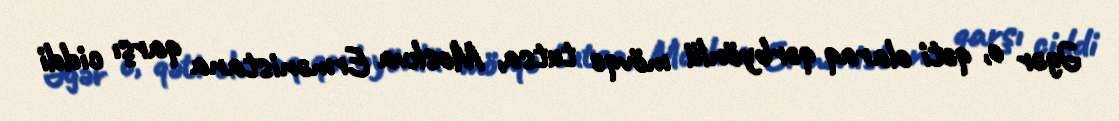
Əgər o, qəti olaraq qərbyönlü mövqe tutsa, Moskva Ermənistana qarşı ciddi